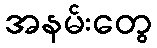
အနမ်းတွေ